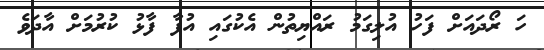
ހަ ރޯދައަށް ފަހު އުލިގަމު ރައްޔިތުން އެކުގައި އުފާ ފާޅު ކުރުމަށް އާދަވެ